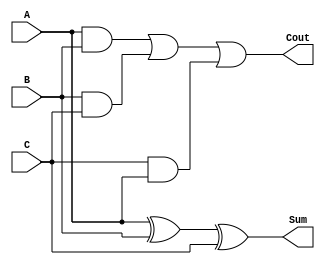
module carry_save_adder (
    input [7:0] A,
    input [7:0] B,
    input [7:0] C,
    output [7:0] Sum,
    output [7:0] Cout
);

assign Sum = A ^ B ^ C;
assign Cout = (A & B) | (B & C) | (C & A);

endmodule